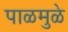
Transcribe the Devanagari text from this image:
पाळमुळे